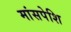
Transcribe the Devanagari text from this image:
मांसपेशि